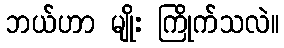
ဘယ်ဟာ မျိုး ကြိုက်သလဲ။